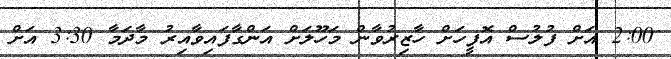
2:00 އަށް ފުލުސް އޮފީހަށް ހާޒިރުވާން މަހޫލަށް އަންގާފައިވާއިރު މާދަމާ 3:30 އަށް